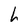
Character: h